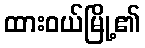
ထားဝယ်မြို့၏